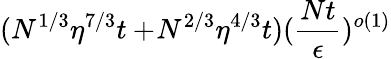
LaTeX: (N^{1/3}\eta^{7/3}t+\! N^{2/3}\eta^{4/3}t)(\frac{Nt}{\epsilon})^{o(1)}